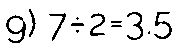
9) 7÷2=3.5